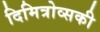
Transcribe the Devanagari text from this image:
दिमित्रोव्सकी